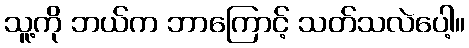
သူ့ကို ဘယ်က ဘာကြောင့် သတ်သလဲပေါ့။